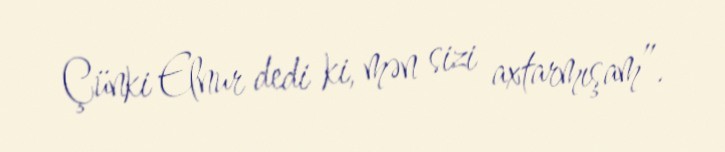
Çünki Elnur dedi ki, mən sizi axtarmışam”.